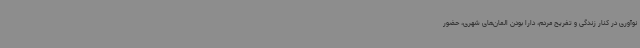
نوآوری در کنار زندگی و تفریح مردم، دارا بودن المان‌های شهری، حضور